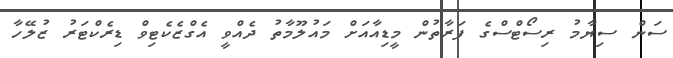
ސަން ސިޔާމު ރިސޯޓްސްގެ ފަރާތުން މީޑިއާއަށް މައުލޫމާތު ދެއްވީ އެގްޒެކެޓިވް ޑިރެކްޓަރު ޒުލޭހާ